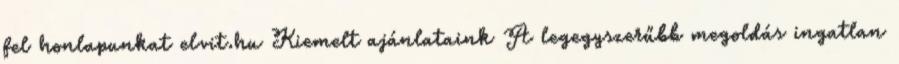
fel honlapunkat elvit.hu Kiemelt ajánlataink A legegyszerűbb megoldás ingatlan